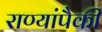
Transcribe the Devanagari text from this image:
राण्यांपैकी